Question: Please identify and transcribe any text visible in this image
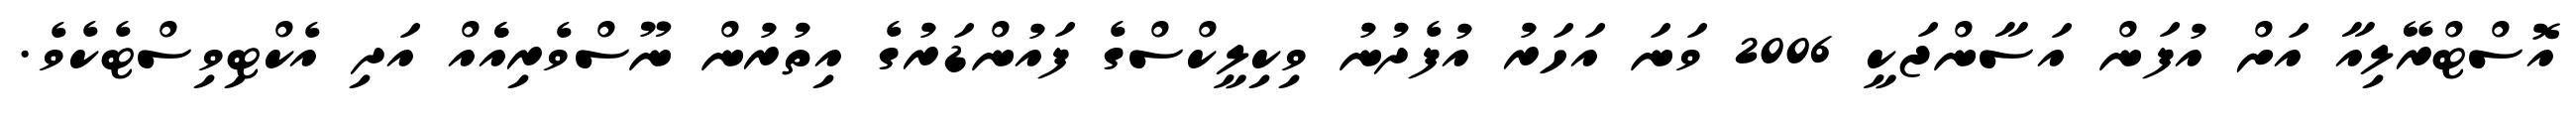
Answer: އޮސްޓްރޭލިއާ އަށް އުފަން އަސާންޖަކީ 2006 ވަނަ އަހަރު އުފެދުނު ވިކިލީކްސްގެ ފައުންޑަރުގެ އިތުރުން ނޫސްވެރިއެެއް އަދި އެކްޓިވިސްޓެކެވެ.